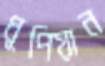
ধূপিয়ান